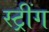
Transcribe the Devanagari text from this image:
स्ट्रींग